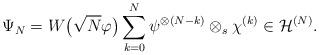
LaTeX: \begin{align*}\Psi_N = W\big(\sqrt{N} \varphi \big) \sum_{k=0}^N \psi^{\otimes (N-k)} \otimes_s \chi^{(k)}\in \mathcal{H}^{(N)} .\end{align*}